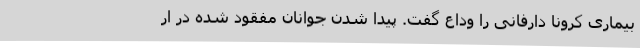
بیماری کرونا دارفانی را وداع گفت. پیدا شدن جوانان مفقود شده در ار